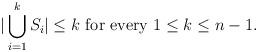
LaTeX: \begin{align*} |\bigcup_{i=1}^{k}S_i|\leq k \textrm{ for every } 1\leq k\leq n-1.\end{align*}